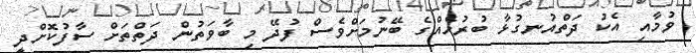
ވުމާއި އެކު ދަތްއުނގުޅާ ބުރުހެއްގެ ބޭނުމަށްވެސް ފުދޭ މި ބާވަތުން ދަތްތަށް ސާފުކޮށްދީ